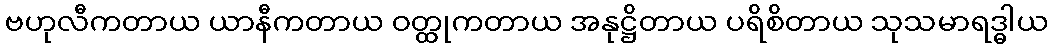
ဗဟုလီကတာယ ယာနီကတာယ ဝတ္ထုကတာယ အနုဋ္ဌိတာယ ပရိစိတာယ သုသမာရဒ္ဓါယ